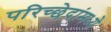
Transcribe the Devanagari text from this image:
परिच्छेदांमध्ये